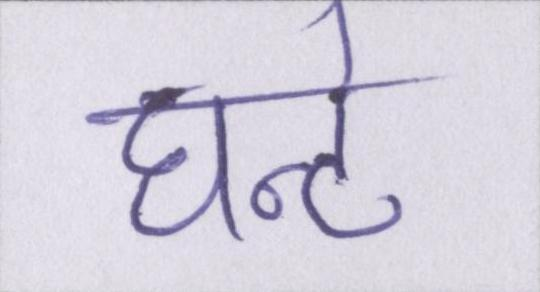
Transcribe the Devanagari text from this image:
घन्टे